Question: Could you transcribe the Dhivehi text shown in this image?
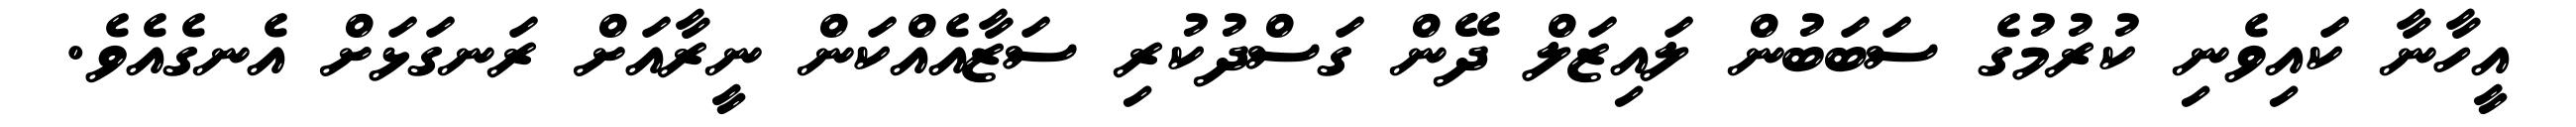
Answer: އީހާނާ ކައިވެނި ކުރުމުގެ ސަބަބުން ލައިޒަލް ދޭން ގަސްދުކުރި ސަޒާއެއްކަން ނީރާއަށް ރަނގަޅަށް އެނގެއެވެ.